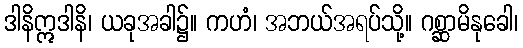
ဒါနိဣဒါနိ၊ ယခုအခါ၌။ ကဟံ၊ အဘယ်အရပ်သို့။ ဂစ္ဆာမိနုခေါ၊